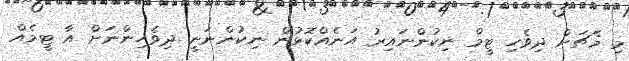
މި މެޗަށް ދިވެހި ޓީމް ނިކުންނައިރު އަނެއްކޮޅުން ނިކުންނަނީ ދިވެހިންނަށް އާ ޓީމެއް